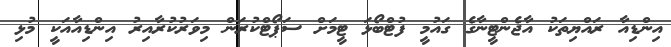
އިންޑިއާ ރައްޔިތަކު އާޖެންޓީނާގެ ގައުމީ ފުޓްބޯޅަ ޓީމަށް ސަޕޯޓްކުރަން މިވަރުކުރާއިރު އިންޑިއާއަކީ މުޅި